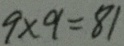
9 \times 9 = 8 1